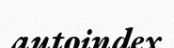
autoindex